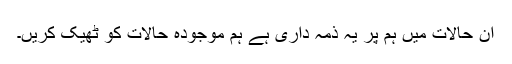
ان حالات میں ہم پر یہ ذمہ داری ہے ہم موجودہ حالات کو ٹھیک کریں۔